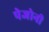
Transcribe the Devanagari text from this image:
पेजोनी